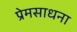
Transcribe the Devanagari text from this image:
प्रेमसाधना